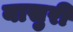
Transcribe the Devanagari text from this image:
यासुरी